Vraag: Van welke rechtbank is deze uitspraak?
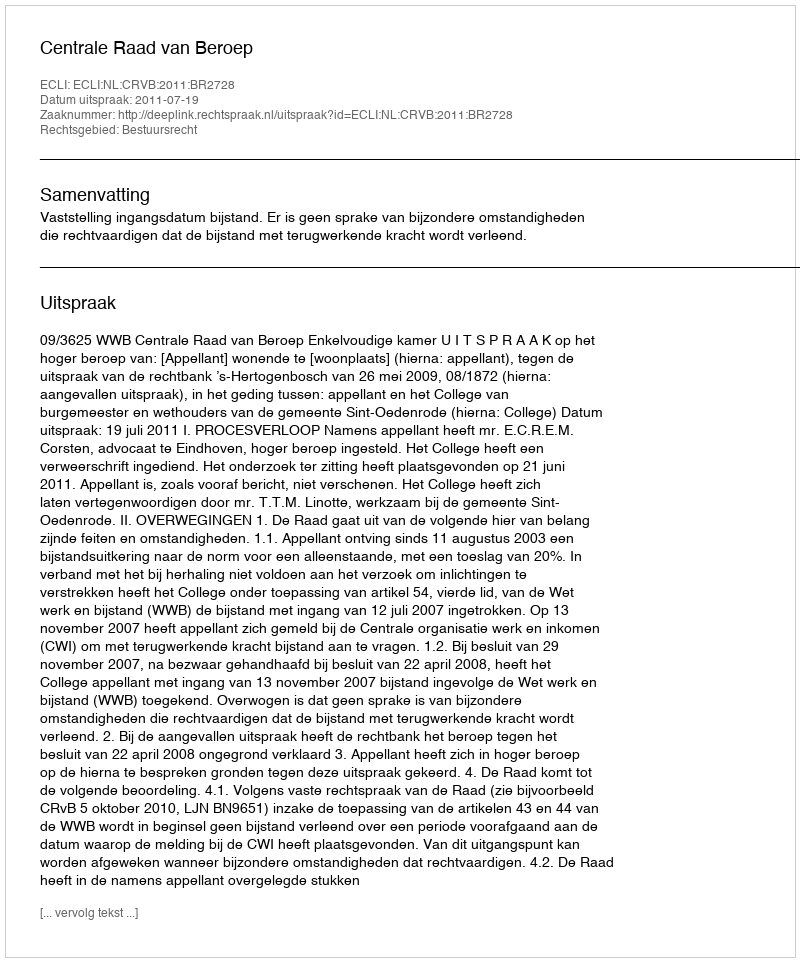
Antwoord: Centrale Raad van Beroep